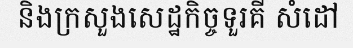
និងក្រសួងសេដ្ឋកិច្ចទួរគី សំដៅ